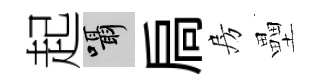
起囁扃房壘